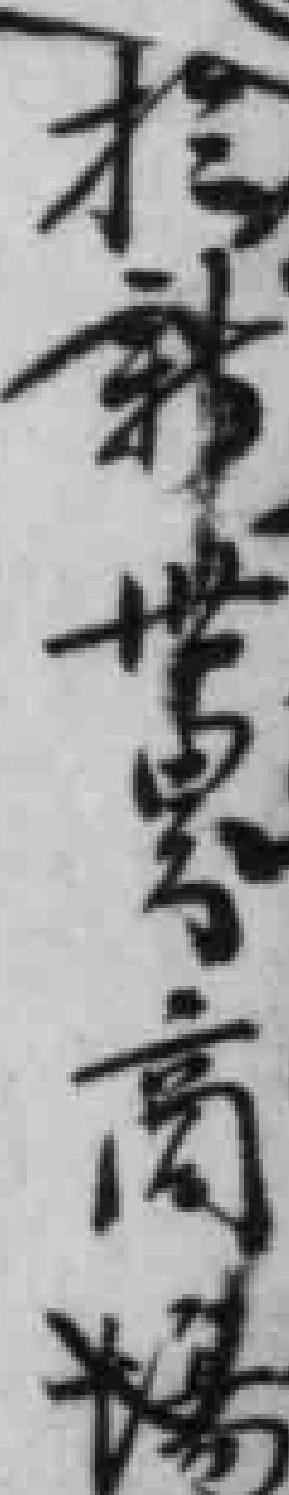
於新世界商場